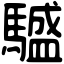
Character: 𩦝